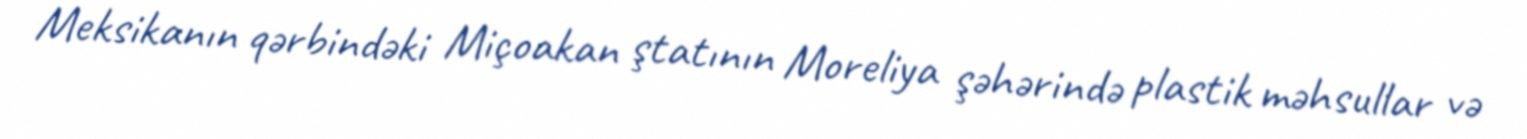
Meksikanın qərbindəki Miçoakan ştatının Moreliya şəhərində plastik məhsullar və